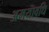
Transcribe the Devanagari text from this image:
अमयावधि